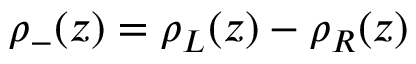
\rho _ { - } ( z ) = \rho _ { L } ( z ) - \rho _ { R } ( z )